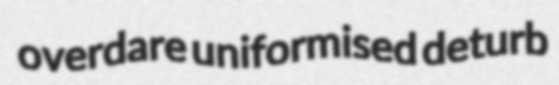
overdare uniformised deturb